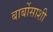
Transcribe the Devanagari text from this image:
बार्बोसाशी